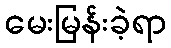
မေးမြန်းခဲ့ရာ